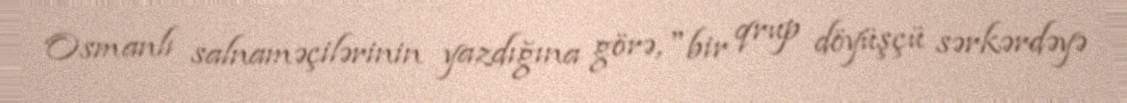
Osmanlı salnaməçilərinin yazdığına görə, "bir qrup döyüşçü sərkərdəyə